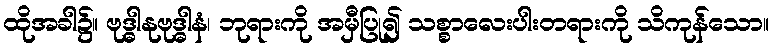
ထိုအခါ၌။ ဗုဒ္ဓါနုဗုဒ္ဓါနံ၊ ဘုရားကို အမှီပြု၍ သစ္စာလေးပါးတရားကို သိကုန်သော။